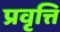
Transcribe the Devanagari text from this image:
प्रवृत्ति